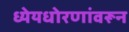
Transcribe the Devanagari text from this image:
ध्येयधोरणांवरून